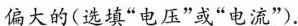
偏大的(选填”电压”或”电流”).